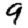
Digit: 9